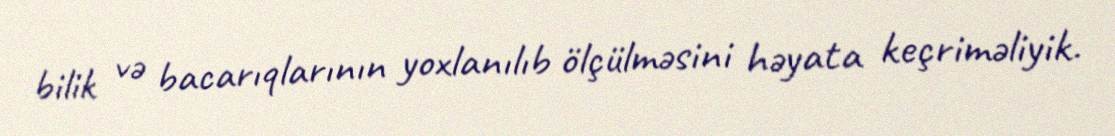
bilik və bacarıqlarının yoxlanılıb ölçülməsini həyata keçriməliyik.